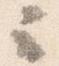
云